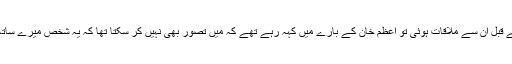
لندن جانے سے قبل ان سے ملاقات ہوئی تو اعظم خان کے بارے میں کہہ رہے تھے کہ میں تصور بھی نہیں کر سکتا تھا کہ یہ شخص میرے ساتھ ایسا کرےگا۔